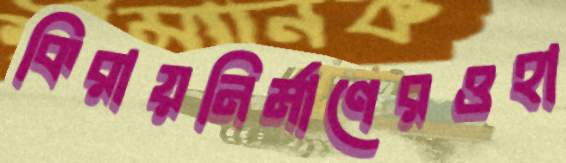
কিরায়নির্মাণেরওহা